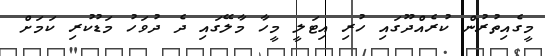
މީގެއިތުރުން ކުރެއްދޫގައި ހުރި އިޓަލީ މީހާ މާލޭގައި ދެ ދުވަހު މަޑުކުރި ކަމަށް